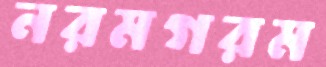
নরমগরম